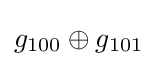
g_{100}\oplus g_{101}